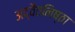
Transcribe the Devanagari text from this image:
अद्वैतनिष्ठा